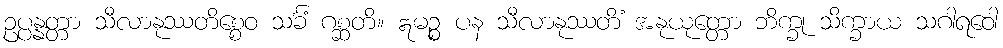
ဥပ္ပန္နတ္တာ သီလာနုဿတိစ္စေဝ သင်္ခံ ဂစ္ဆတိ။ ဣမဉ္စ ပန သီလာနုဿတိံ အနုယုတ္တော ဘိက္ခု သိက္ခာယ သဂါရဝေါ